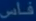
فاس